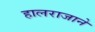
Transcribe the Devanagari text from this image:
हालराजाने